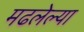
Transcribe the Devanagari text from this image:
मढलेल्या